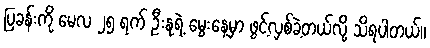
ပြခန်းကို မေလ ၂၅ ရက် ဦးနုရဲ့ မွေးနေ့မှာ ဖွင့်လှစ်ခဲ့တယ်လို့ သိရပါတယ်။